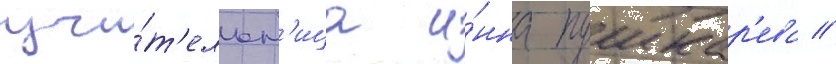
учи́т'ельн'ица и́нна пушкар'ева //